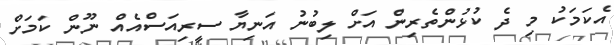
އެކަމަކު މި ދެ ކުޅުންތެރިން އަށް ލިބުނު އަނިޔާ ސީރިއަސްއެއް ނޫން ކަމަށް